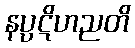
နပ္ပဋိဟညတိ